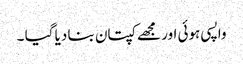
واپسی ہوئی اور مجھے کپتان بنا دیا گیا ۔